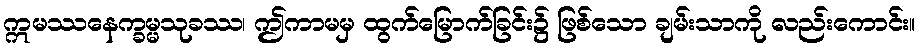
ဣမဿနေက္ခမ္မသုခဿ၊ ဤကာမမှ ထွက်မြောက်ခြင်း၌ ဖြစ်သော ချမ်းသာကို လည်းကောင်း။